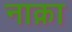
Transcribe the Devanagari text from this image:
नाक़ा